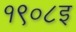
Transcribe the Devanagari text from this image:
१९०८इ